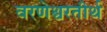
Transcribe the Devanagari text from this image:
वरणेश्वरतीर्थ